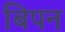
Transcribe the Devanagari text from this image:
बिपन